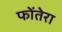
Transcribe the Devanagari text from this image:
फोंतेरा